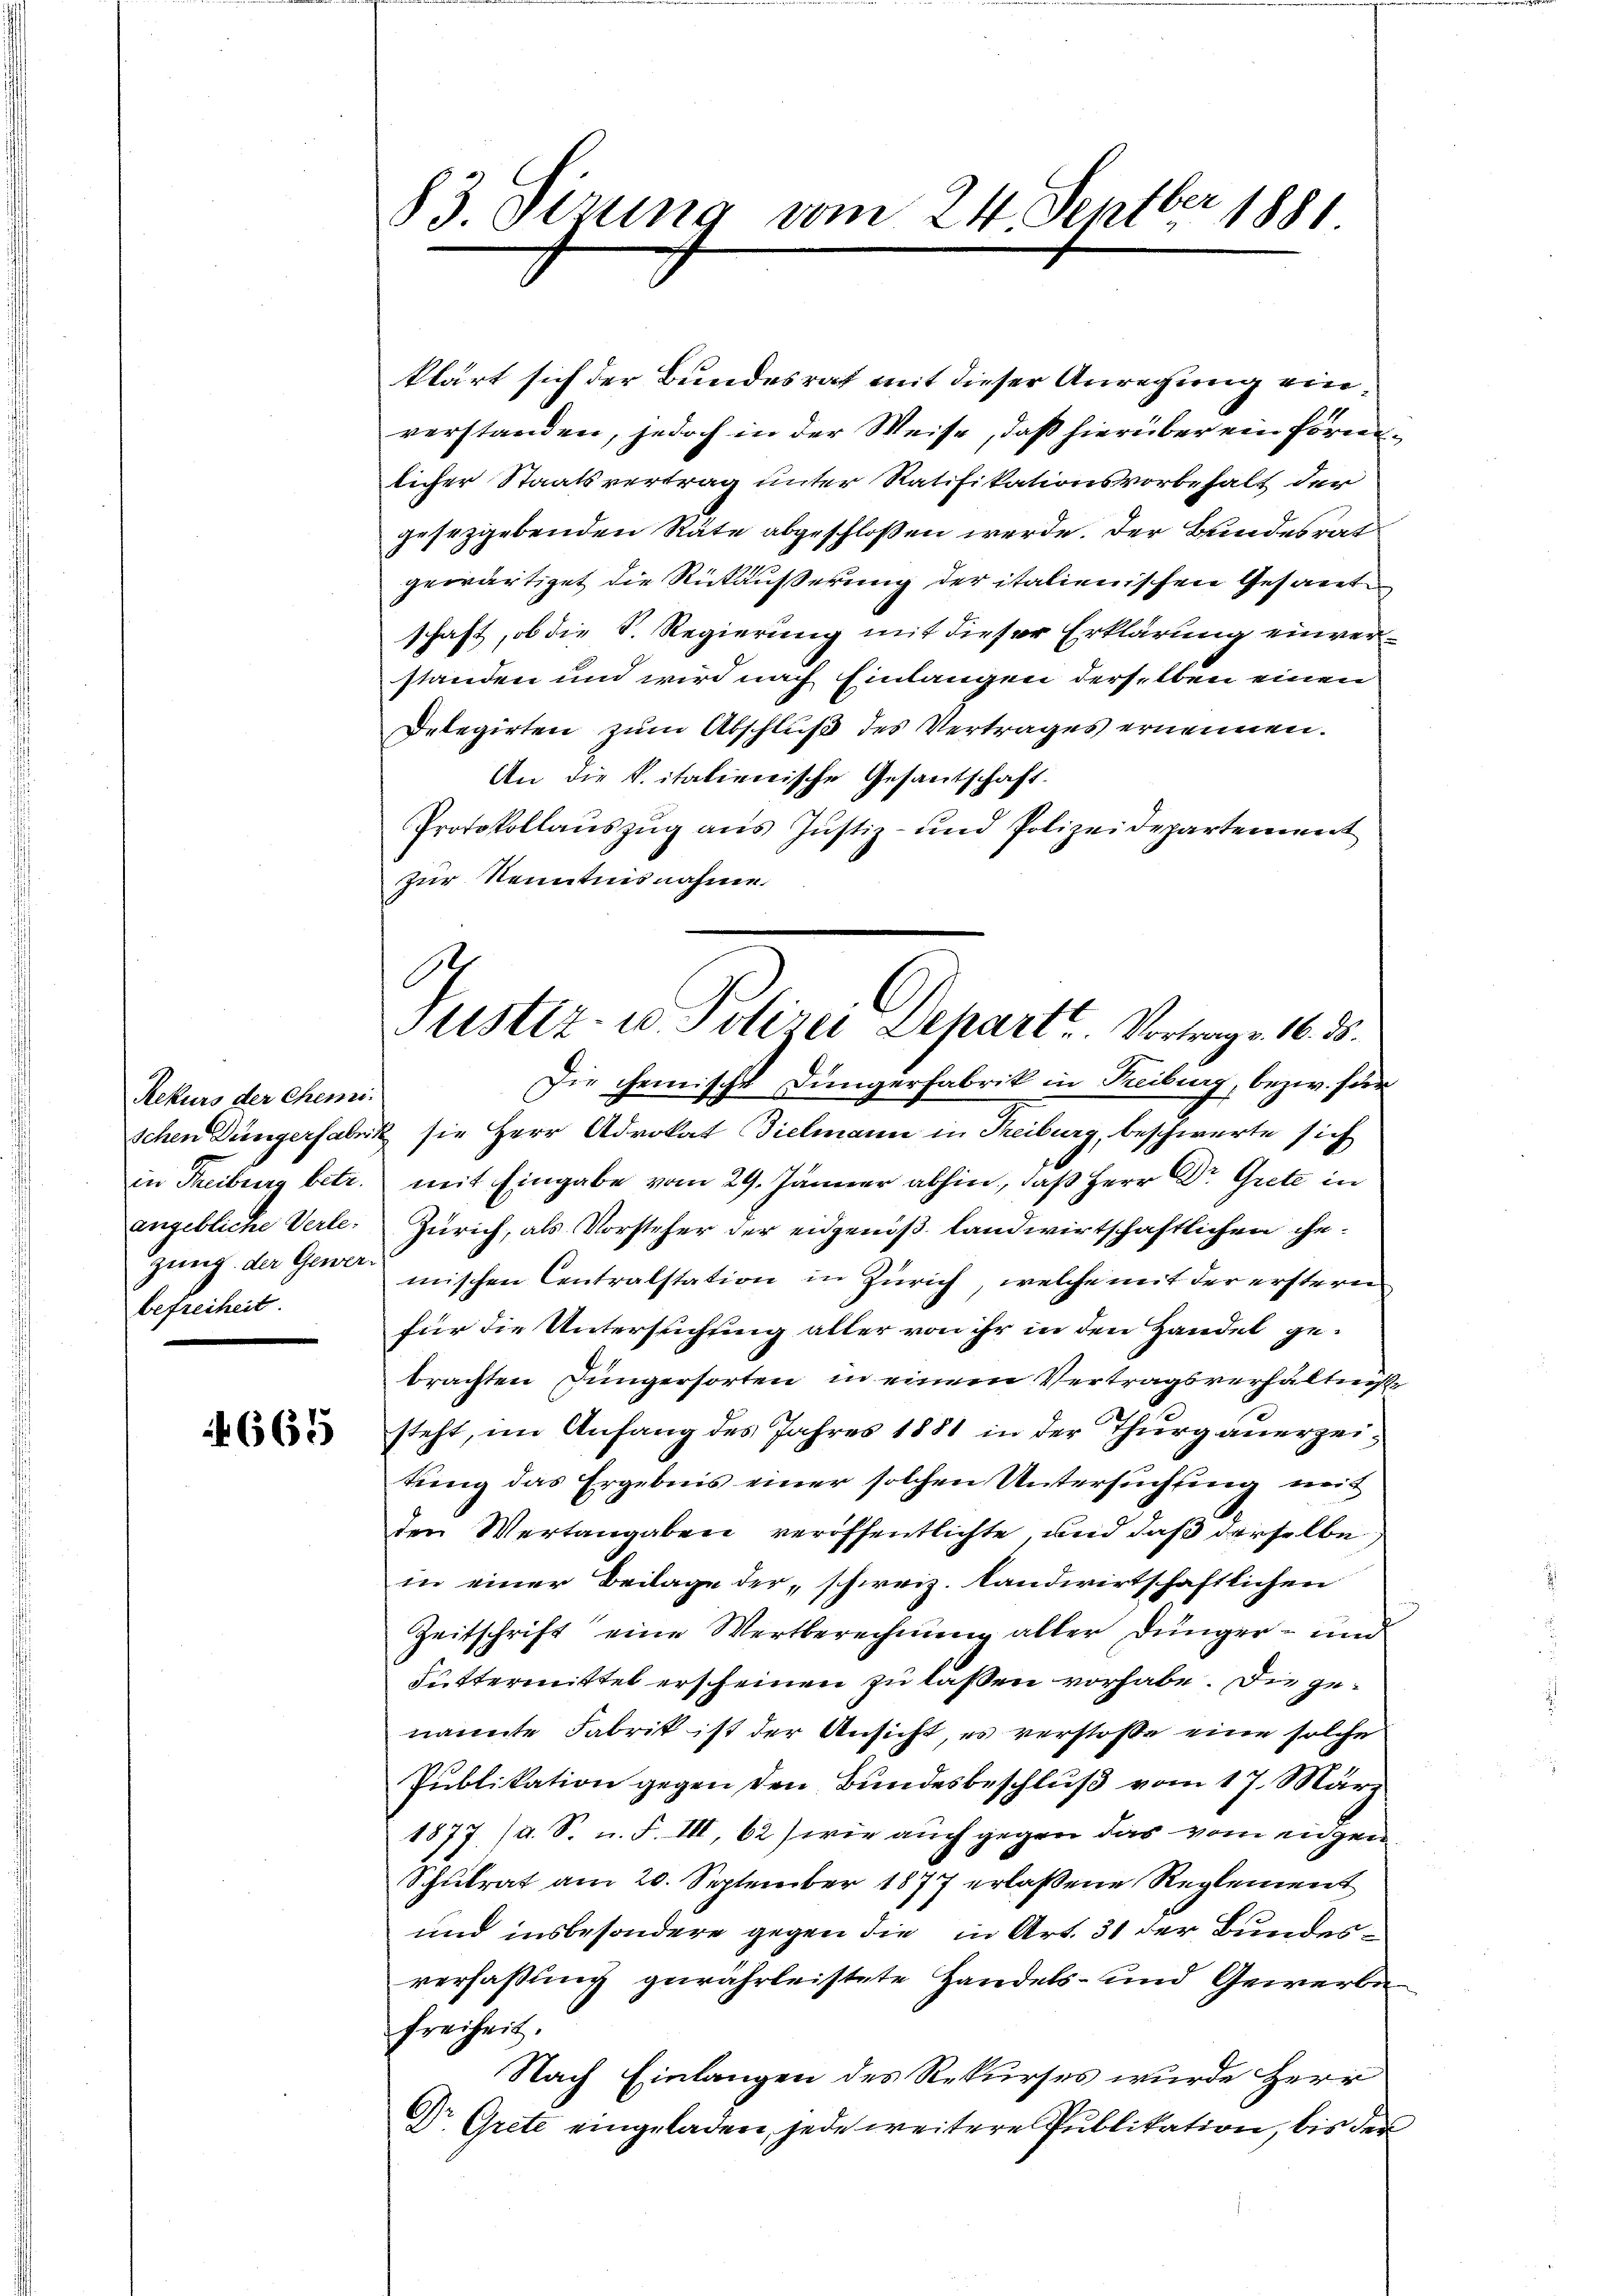
Rekurs der Chemi
in Freiburg betr.
angebliche Verlebefreiheit.

665

83. Sizung vom 24. Septber 1881

O
Justiz- u. Polizei Dehart Vortrag v. 16. ds.

klärt sich der Bundesrat mit dieser Anregung einverstanden, jedoch in der Weise, daß hierüber ein förnenlicher Staatsvertrag unter Ratifikationsvorbehalt der
gesezgebenden Räte abgeschloßen werde. Der Bundesrat
gewärtiget die Rückäußerung der italienischen Gesant
schaft, ob die S. Regierung mit dieser Erklärung einverstanden und wird nach Einlangen derselben einen
Delegirten zum Abschluß des Vertrages ernennen.
An die k. italienische Gesantschaft.
Protokollauszug aus Justiz- und Polizeidepartement
zur Nenntnisnahme
Die chemische Düngerfabrik in Treiburg, bezw. Herr
schen Düngerfabrik sie Herr Advokat Bielmann in Treiburg, beschwerte sich
mit Eingabe vom 29. Jänner abhin, daß Herr Dr. Grete in
Zürich, als Vorsteher der eigeniß landwirtschaftlichen Ehe-
zung der Gener mischen Centralstation in Zürich, welche mit der erstern
für die Untersuchung aller von ihr in den Handel ge-
brachten Jüngersorten in einem Vertragsverhältniß
steht, im Anfang des Jahres 1881 in der Thurgauerzeitung das Ergebnis einer solchen Untersuchung mit
den Wertangaben veröffentlichte, und daß derselbe
in einer Beilage der „schweiz. Landwirtschaftlichen
Zeitschrift eine Wertberechnung aller Dünger- und
Futtermittel erscheinen zu laßen vorhabe. Die genannte Fabrik ist der Ansicht, es verstoße eine solche
Publikation gegen den Bundesbeschluß vom 17. März
1877 (a. S. u. F. III, 62 (wie auch gegen das vom eingen
Schulrat am 20. September 1877 erlaßene Reglement
und insbesondere gegen die in Art. 31 der Bundesverfaßung gewährleistete Handels- und Gewerbe
freiheit.
Nach Einlangen des Rekurses wurde Herr
Dr. Grete eingeladen, jede weitere Publikation, bis der